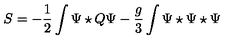
S = - \frac { 1 } { 2 } \int \Psi \star Q \Psi - \frac { g } { 3 } \int \Psi \star \Psi \star \Psi